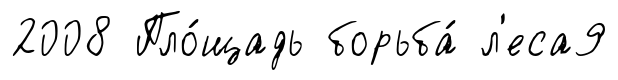
2008 Пло́щадь борьба́ л'еса9